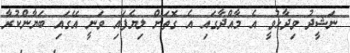
ނަޝީދު ވިދާޅުވީ އެ މާއްދާގައި އެ ގޮތަށް ލިޔެފައި ވަނީ އޭގައި ބަޔާންކުރާ